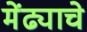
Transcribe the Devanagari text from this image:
मेंढ्याचे